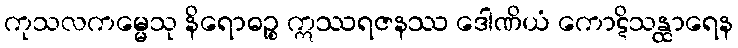
ကုသလကမ္မေသု နိရောဓဉ္စ ဣဿရဇနဿ ဒေါဏိယံ ကောဋိသန္ထာရေန